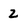
Character: 2